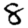
Digit: 8